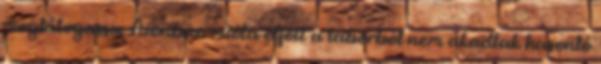
meglátogassa. Azonban mióta eljött a táborból nem akadtak hasonló